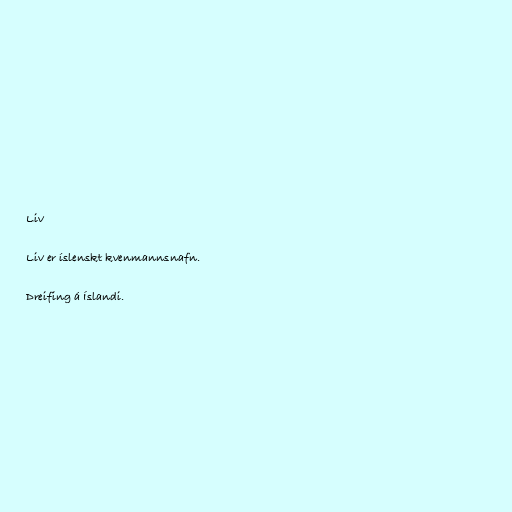
Liv

Liv er íslenskt kvenmannsnafn.

Dreifing á Íslandi.